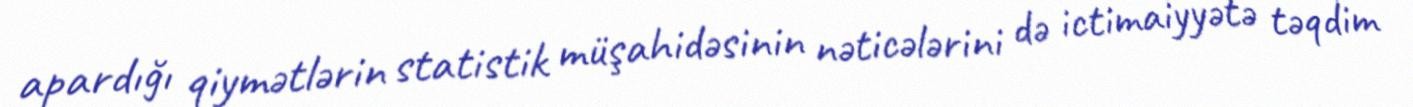
apardığı qiymətlərin statistik müşahidəsinin nəticələrini də ictimaiyyətə təqdim